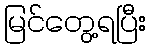
မြင်တွေ့ရပြီး